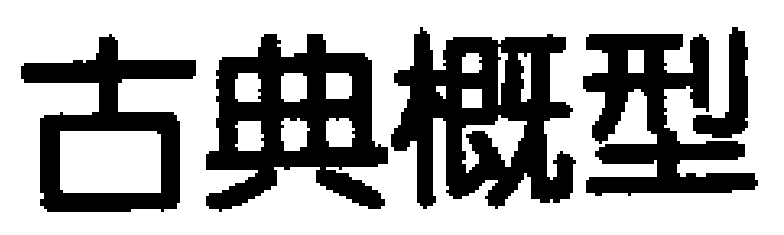
古典概型